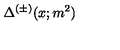
\Delta ^ { ( \pm ) } ( x ; m ^ { 2 } )